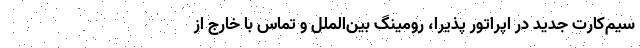
سیم‌کارت جدید در اپراتور پذیرا، رومینگ بین‌الملل و تماس با خارج از